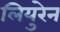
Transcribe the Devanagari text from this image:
लियुरेन